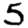
Digit: 5